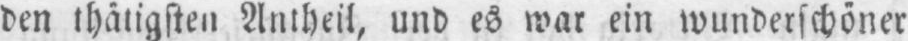
den thätigsten Antheil, und es war ein wunderschöner